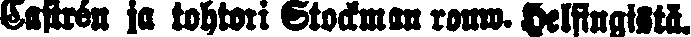
Castrén ja tohtori Stockman rouw. Helsingistä.